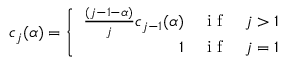
c _ { j } ( \alpha ) = \left\{ \begin{array} { r c l } { \frac { ( j - 1 - \alpha ) } { j } c _ { j - 1 } ( \alpha ) } & { \mathrm { ~ i ~ f ~ } } & { j > 1 } \\ { 1 } & { \mathrm { ~ i ~ f ~ } } & { j = 1 } \end{array} \right.